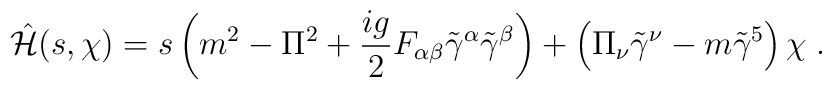
\hat{{\cal H}}(s,\chi)=s \left(m^2 - \Pi^2 +\frac{ig}{2}F_{\alpha\beta} \tilde{ \gamma}^\alpha\tilde{\gamma}^\beta\right) + \left(\Pi_\nu\tilde{\gamma}^\nu - m \tilde{\gamma}^5 \right)\chi\; .